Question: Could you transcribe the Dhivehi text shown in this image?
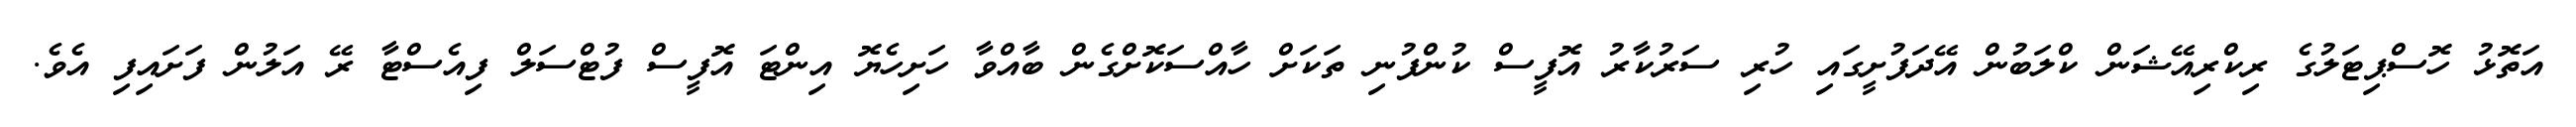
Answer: އަތޮޅު ހޮސްޕިޓަލުގެ ރިކްރިއޭޝަން ކްލަބުން އޭދަފުށީގައި ހުރި ސަރުކާރު އޮފީސް ކުންފުނި ތަކަށް ހާއްސަކޮށްގެން ބާއްވާ ހަށިހެޔޮ އިންޓަ އޮފީސް ފުޓްސަލް ފިއެސްޓާ ރޭ އަލުން ފަށައިފި އެވެ.